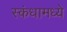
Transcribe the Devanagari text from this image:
स्कंधामध्ये